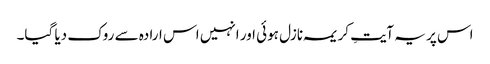
اس پر یہ آیتِ کریمہ نازل ہوئی اور انہیں اس ارادہ سے روک دیا گیا۔